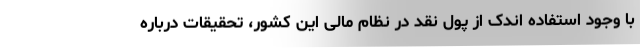
با وجود استفاده اندک از پول نقد در نظام مالی این کشور، تحقیقات درباره